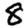
Digit: 8